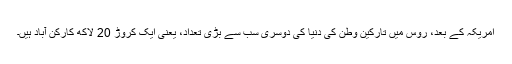
امریکہ کے بعد، روس میں تارکین وطن کی دنیا کی دوسری سب سے بڑی تعداد، یعنی ایک کروڑ 20 لاکھ کارکن آباد ہیں۔